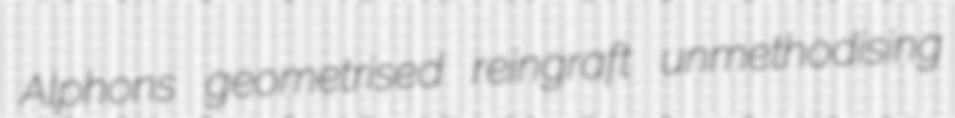
Alphons geometrised reingraft unmethodising